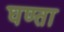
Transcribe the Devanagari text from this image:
घण्ता